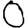
Digit: 0